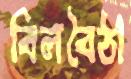
বিলবৈঠা